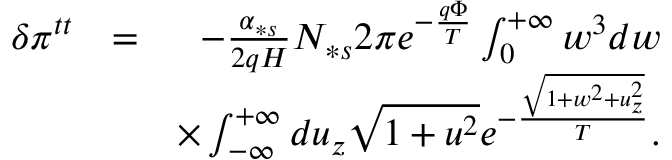
\begin{array} { r l r } { \delta \pi ^ { t t } } & { = } & { - \frac { \alpha _ { \ast s } } { 2 q H } N _ { \ast s } 2 \pi e ^ { - \frac { q \Phi } { T } } \int _ { 0 } ^ { + \infty } w ^ { 3 } d w } \\ & { } & { \times \int _ { - \infty } ^ { + \infty } d u _ { z } \sqrt { 1 + u ^ { 2 } } e ^ { - \frac { \sqrt { 1 + w ^ { 2 } + u _ { z } ^ { 2 } } } { T } } . } \end{array}